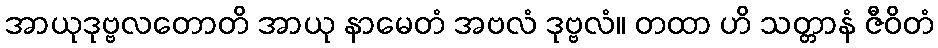
အာယုဒုဗ္ဗလတောတိ အာယု နာမေတံ အဗလံ ဒုဗ္ဗလံ။ တထာ ဟိ သတ္တာနံ ဇီဝိတံ